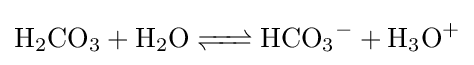
{\ce {H2CO3 + H2O <=> HCO3- + H3O+}}